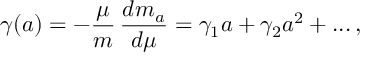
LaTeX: \gamma ( a ) = - \frac { \mu } { m } \, \frac { d m _ { a } } { d \mu } = \gamma _ { 1 } a + \gamma _ { 2 } a ^ { 2 } + . . . \, ,